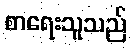
စာရေးသူသည်